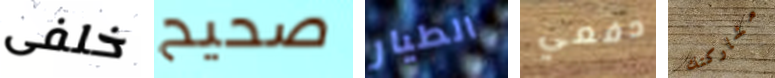
خلفى صحيح الطيار دفعي مشاركتك